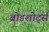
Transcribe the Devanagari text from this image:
ब्रोडशोर्ट्स